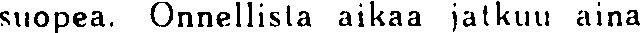
suopea. Onnellista aikaa jatkuu aina